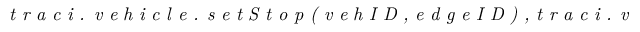
\textit { t r a c i . v e h i c l e . s e t S t o p ( v e h I D , e d g e I D ) , t r a c i . v e h i c l e . a d d ( v e h I D , r o u t e I D ) }